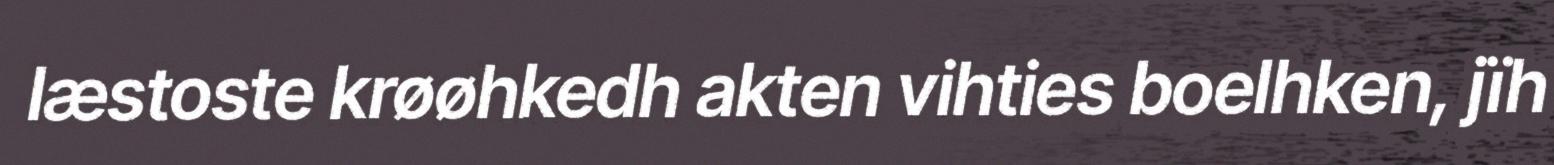
læstoste krøøhkedh akten vihties boelhken, jïh